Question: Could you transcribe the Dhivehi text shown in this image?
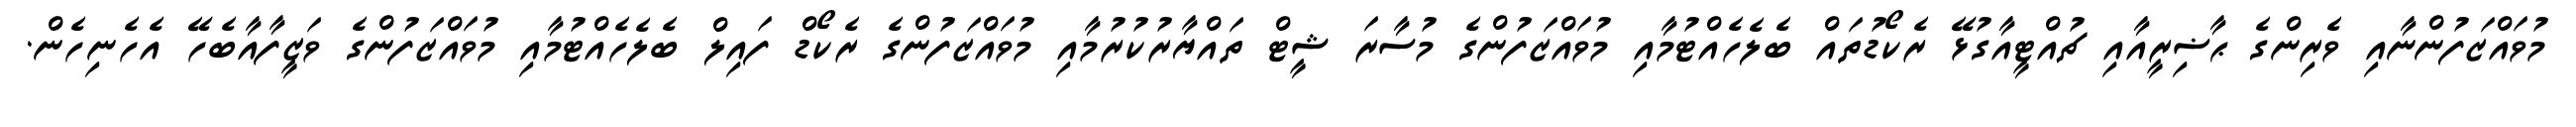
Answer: މުވައްޒަފުންނާއި ވެރިންގެ ޙާޟިރީއާއި ޗުއްޓީއާގުޅޭ ރެކޯޑުތައް ބެލެހެއްޓުމާއި މުވައްޒަފުންގެ މުސާރަ ޝީޓް ތައްޔާރުކުރުމާއި މުވައްޒަފުންގެ ރެކޯޑް ފައިލް ބެލެހެއްޓުމާއި މުވައްޒަފުންގެ ވަޒީފާއާބެހޭ އެހެނިހެން.